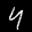
Label: 4